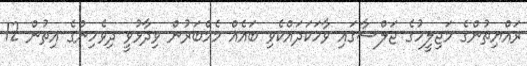
ރައްޔިތުންގެ މަޖިލީހުގެ ޖަލްސާގައި ވާހަކަދައްކެވި ބައެއް މެމްބަރުން ވިދާޅުވީ ދިވެހިންގެ އިތުން 12